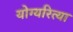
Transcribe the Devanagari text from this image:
योग्यरित्या